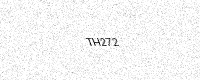
Text: TH272